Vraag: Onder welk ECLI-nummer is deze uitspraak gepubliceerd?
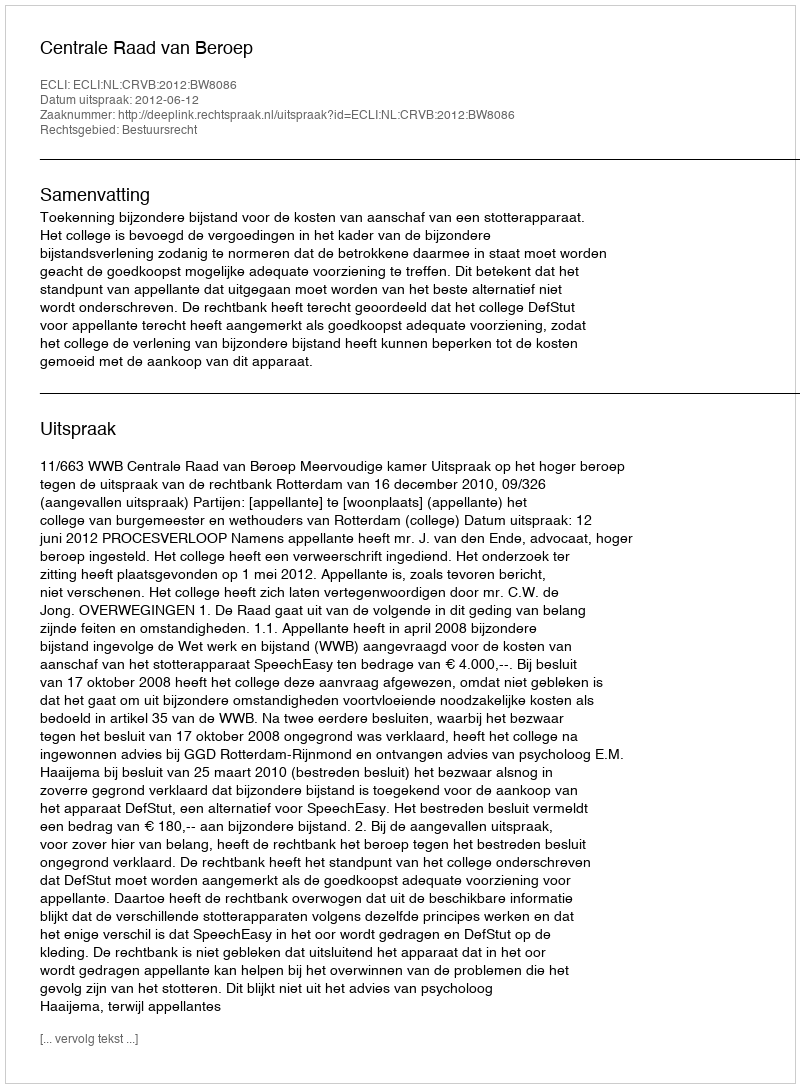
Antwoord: ECLI:NL:CRVB:2012:BW8086